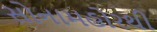
સોનામહોરથી